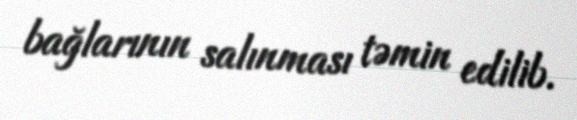
bağlarının salınması təmin edilib.